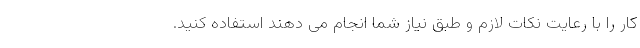
کار را با رعایت نکات لازم و طبق نیاز شما انجام می­ دهند استفاده کنید.